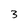
Character: 3